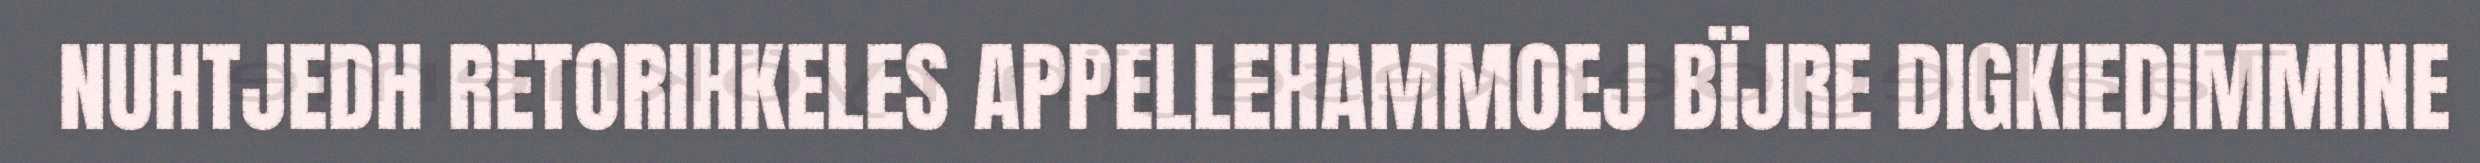
NUHTJEDH RETORIHKELES APPELLEHAMMOEJ BÏJRE DIGKIEDIMMINE